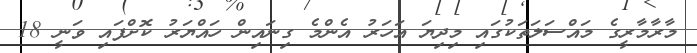
މާރާމާރީގެ މައްސަލަތަކުގައި މިދިޔަ އަހަރު އެންމެ ގިނައިން ހައްޔަރު ކޮށްފައި ވަނީ 18